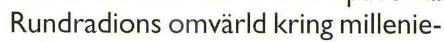
 Rundradions omvärld kring millenie-